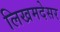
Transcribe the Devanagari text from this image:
लिखमदेसर